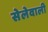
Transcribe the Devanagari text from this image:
सेलेवाली